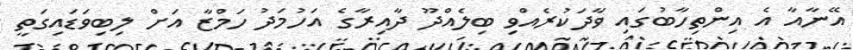
އޭނާއާ އެ އިންތިހާބުގައި ވާދަކުރެއްވި ބިލެއްދޫ ދާއިރާގެ އަހުމަދު ހަމްޒާ އަށް ލިބިވަޑައިގަތީ